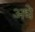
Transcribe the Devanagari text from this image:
अधे